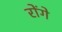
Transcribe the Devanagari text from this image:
रोंगे